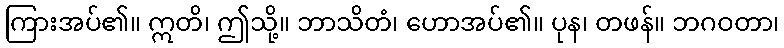
ကြားအပ်၏။ ဣတိ၊ ဤသို့။ ဘာသိတံ၊ ဟောအပ်၏။ ပုန၊ တဖန်။ ဘဂဝတာ၊